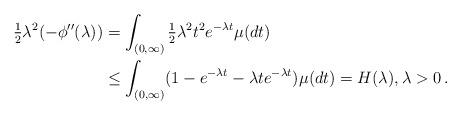
LaTeX: \begin{align*} \tfrac{1}{2}\lambda^2(-\phi''(\lambda))&=\int_{(0,\infty)}\tfrac{1}{2}\lambda^2t^2e^{-\lambda t}\mu(dt)\\&\leq \int_{(0,\infty)}(1-e^{-\lambda t}-\lambda t e^{-\lambda t})\mu(dt)=H(\lambda),\lambda>0\,.\end{align*}